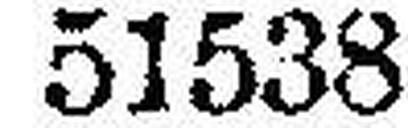
51538